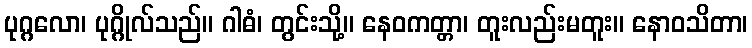
ပုဂ္ဂလော၊ ပုဂ္ဂိုလ်သည်။ ဂါဓံ၊ တွင်းသို့။ နေဝကတ္တာ၊ တူးလည်းမတူး။ နောဝသိတာ၊